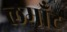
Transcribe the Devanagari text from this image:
लमाँट